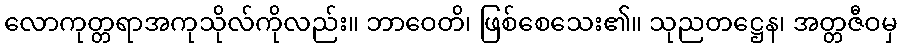
လောကုတ္တရာအကုသိုလ်ကိုလည်း။ ဘာဝေတိ၊ ဖြစ်စေသေး၏။ သုညတဋ္ဌေန၊ အတ္တဇီဝမှ